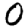
Digit: 0